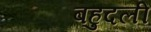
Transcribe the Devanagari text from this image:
बहुदली